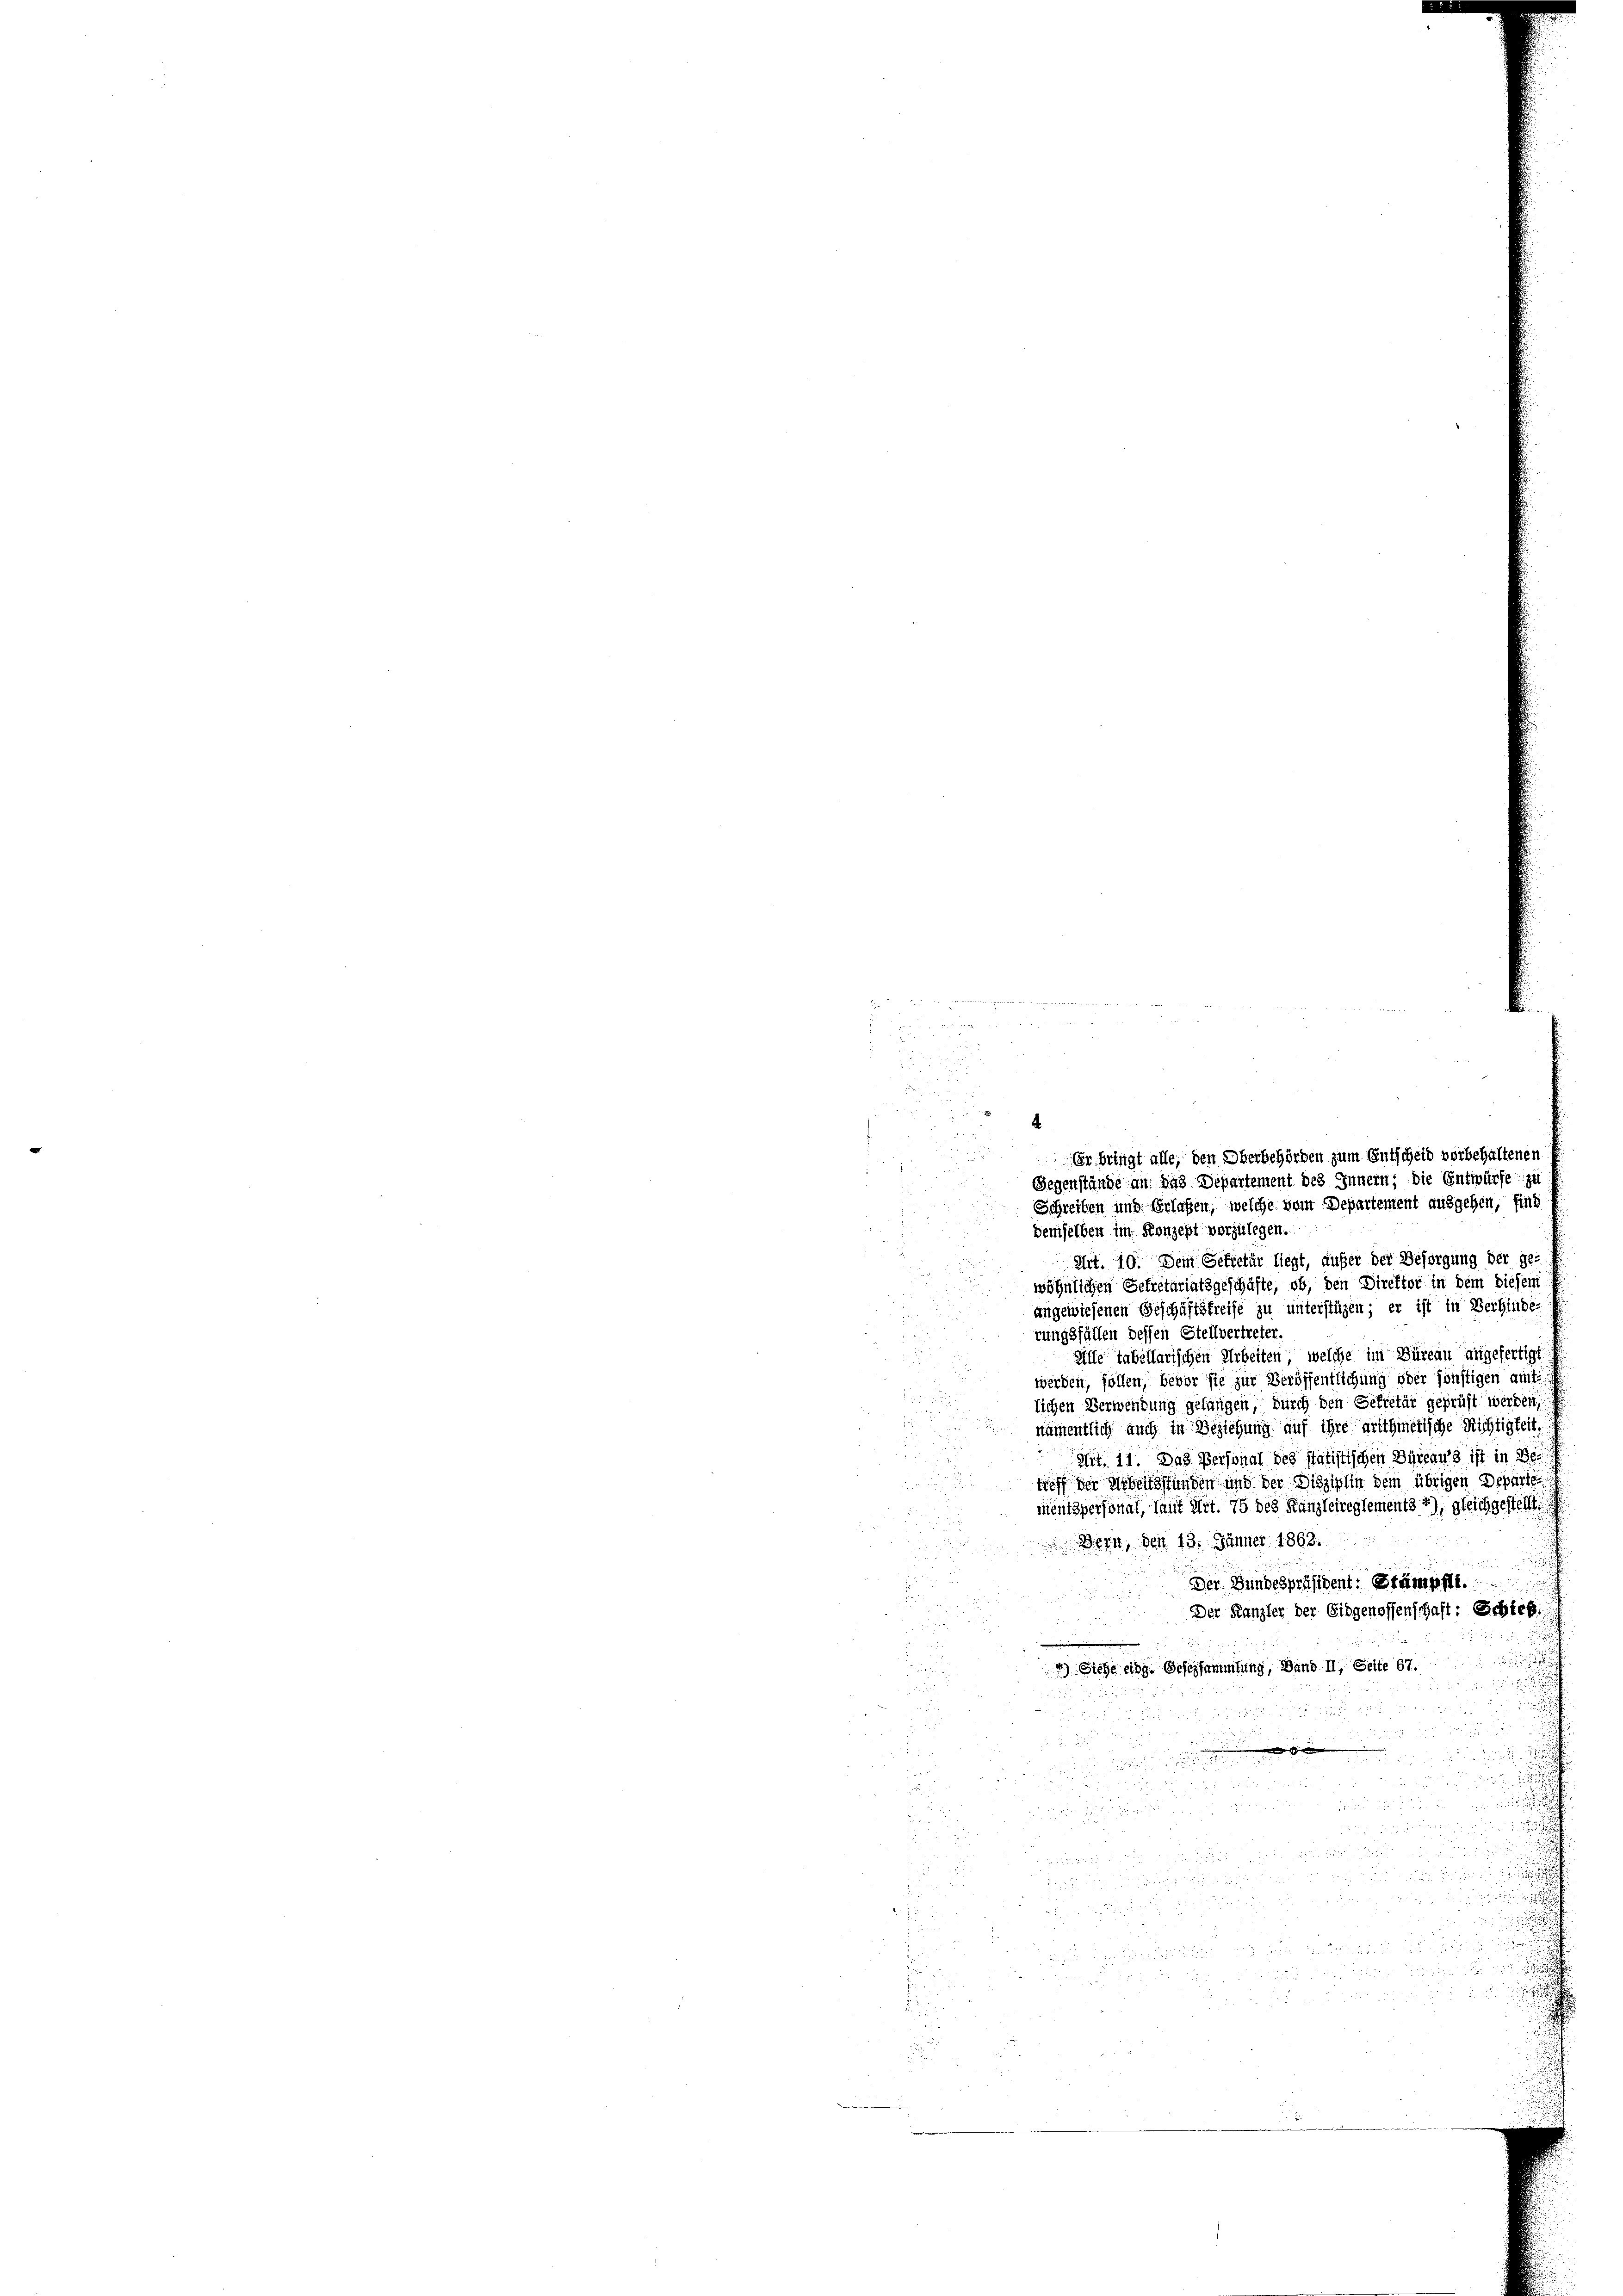
Er bringt alle, den Überbehörden zum Entscheid vorbehaltenen
Gegenstände an das Departement des Innern; die Entwürfe zu

im Land in Bernennungenen der Gegentum
 f 52 x 2
d
u

3
F
 xx
.
d
Schreiben und Erlaßen, welche vom Departement ausgehen, find
demselben im Konzept vorzulegen.
Art. 10. Dem Gekretär liegt, außer der Besorgung der ge-
wöhnlichen Sekretariatsgeschäfte, ob, den Direktor in dem diesem
angewiesenen Geschäftsfreise zu unterstüzen; er ist in Verhinde
rungsfällen dessen Stellvertreter.
Alle tabellarischen Arbeiten, welche im Büreau angefertigt
werden, sollen, bevor sie zur Veröffentlichung oder sonstigen amt
lichen Verwendung gefangen, durch den Sekretär geprüft werden,
nämentlich auch in Beziehung auf ihre arithmetische Richtigkeit.
Art. 11. Das Personal des statistischen Bureaus ist in de
treff der Weberfunden und der Disziplin dem übrigen Departe
mentspersonat, laut Art. 75 des Kanzleireglements 4), gleich gestellt,
Bern, den 13. Jänner 1863.
Der Bundespräsident. Stämpft.
Der Kanzler der Eidgenossenschaft: Schick
Siehe eidg. Gesersammlung, Band II, Seite 67.

0     2
u

n

.
.

u
d, so habe, und die
5

du die in entrige der
2

u
 ich

u den
.

d